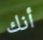
أنك